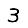
Digit: 3